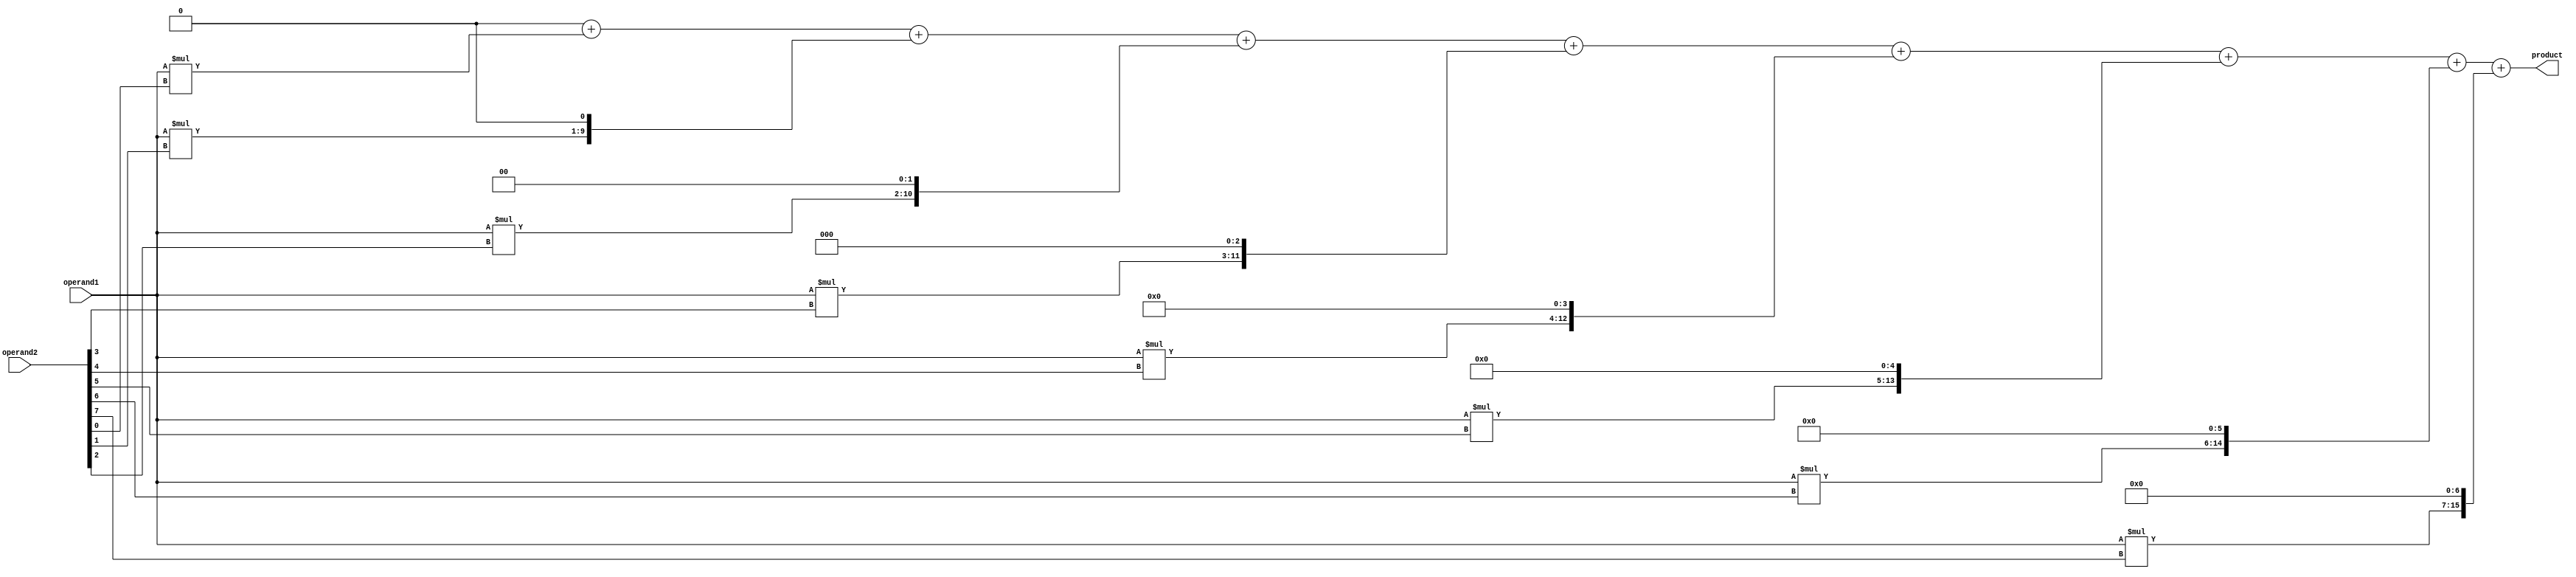
module BaughWooleyMultiplier(
    input [7:0] operand1,
    input [7:0] operand2,
    output reg [15:0] product
);

reg [15:0] partial_product[7:0];
reg [15:0] shift_register[7:0];
reg [15:0] final_product;

integer i;

always @(*) begin
    for(i=0; i<8; i=i+1) begin
        partial_product[i] = operand1 * operand2[i];
        shift_register[i] = partial_product[i] << i;
    end

    final_product = 0;
    for(i=0; i<8; i=i+1) begin
        final_product = final_product + shift_register[i];
    end
end

assign product = final_product;

endmodule